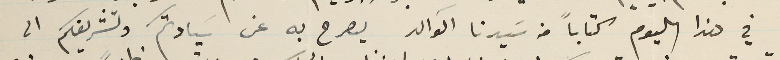
في هذا اليوم كتاباً من سَيدنا الوالد يصرح به عن سَيادتكم وتشريفكم الى